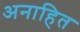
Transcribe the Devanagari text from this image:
अनाहित